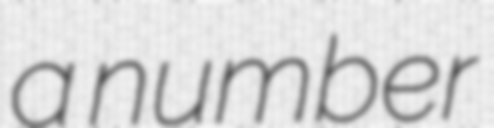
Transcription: a number